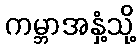
ကမ္ဘာအနှံ့သို့